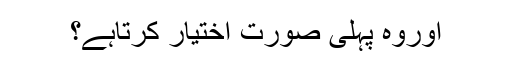
اوروہ پہلی صورت اختیار کرتاہے؟